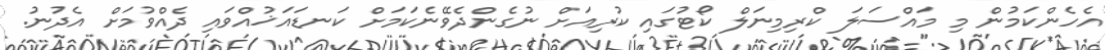
އެހެންކަމުން މި މައްސަލަ ކްރިމިނަލް ކޯޓުގައި ކުރިއަށް ނުގެންދެވޭނެކަމަށް ކަނޑައަޚުއްވައި ދެއްވުމަށް އެދުނު.